Tartu_pedagoogiumi_aruanded, lk 18
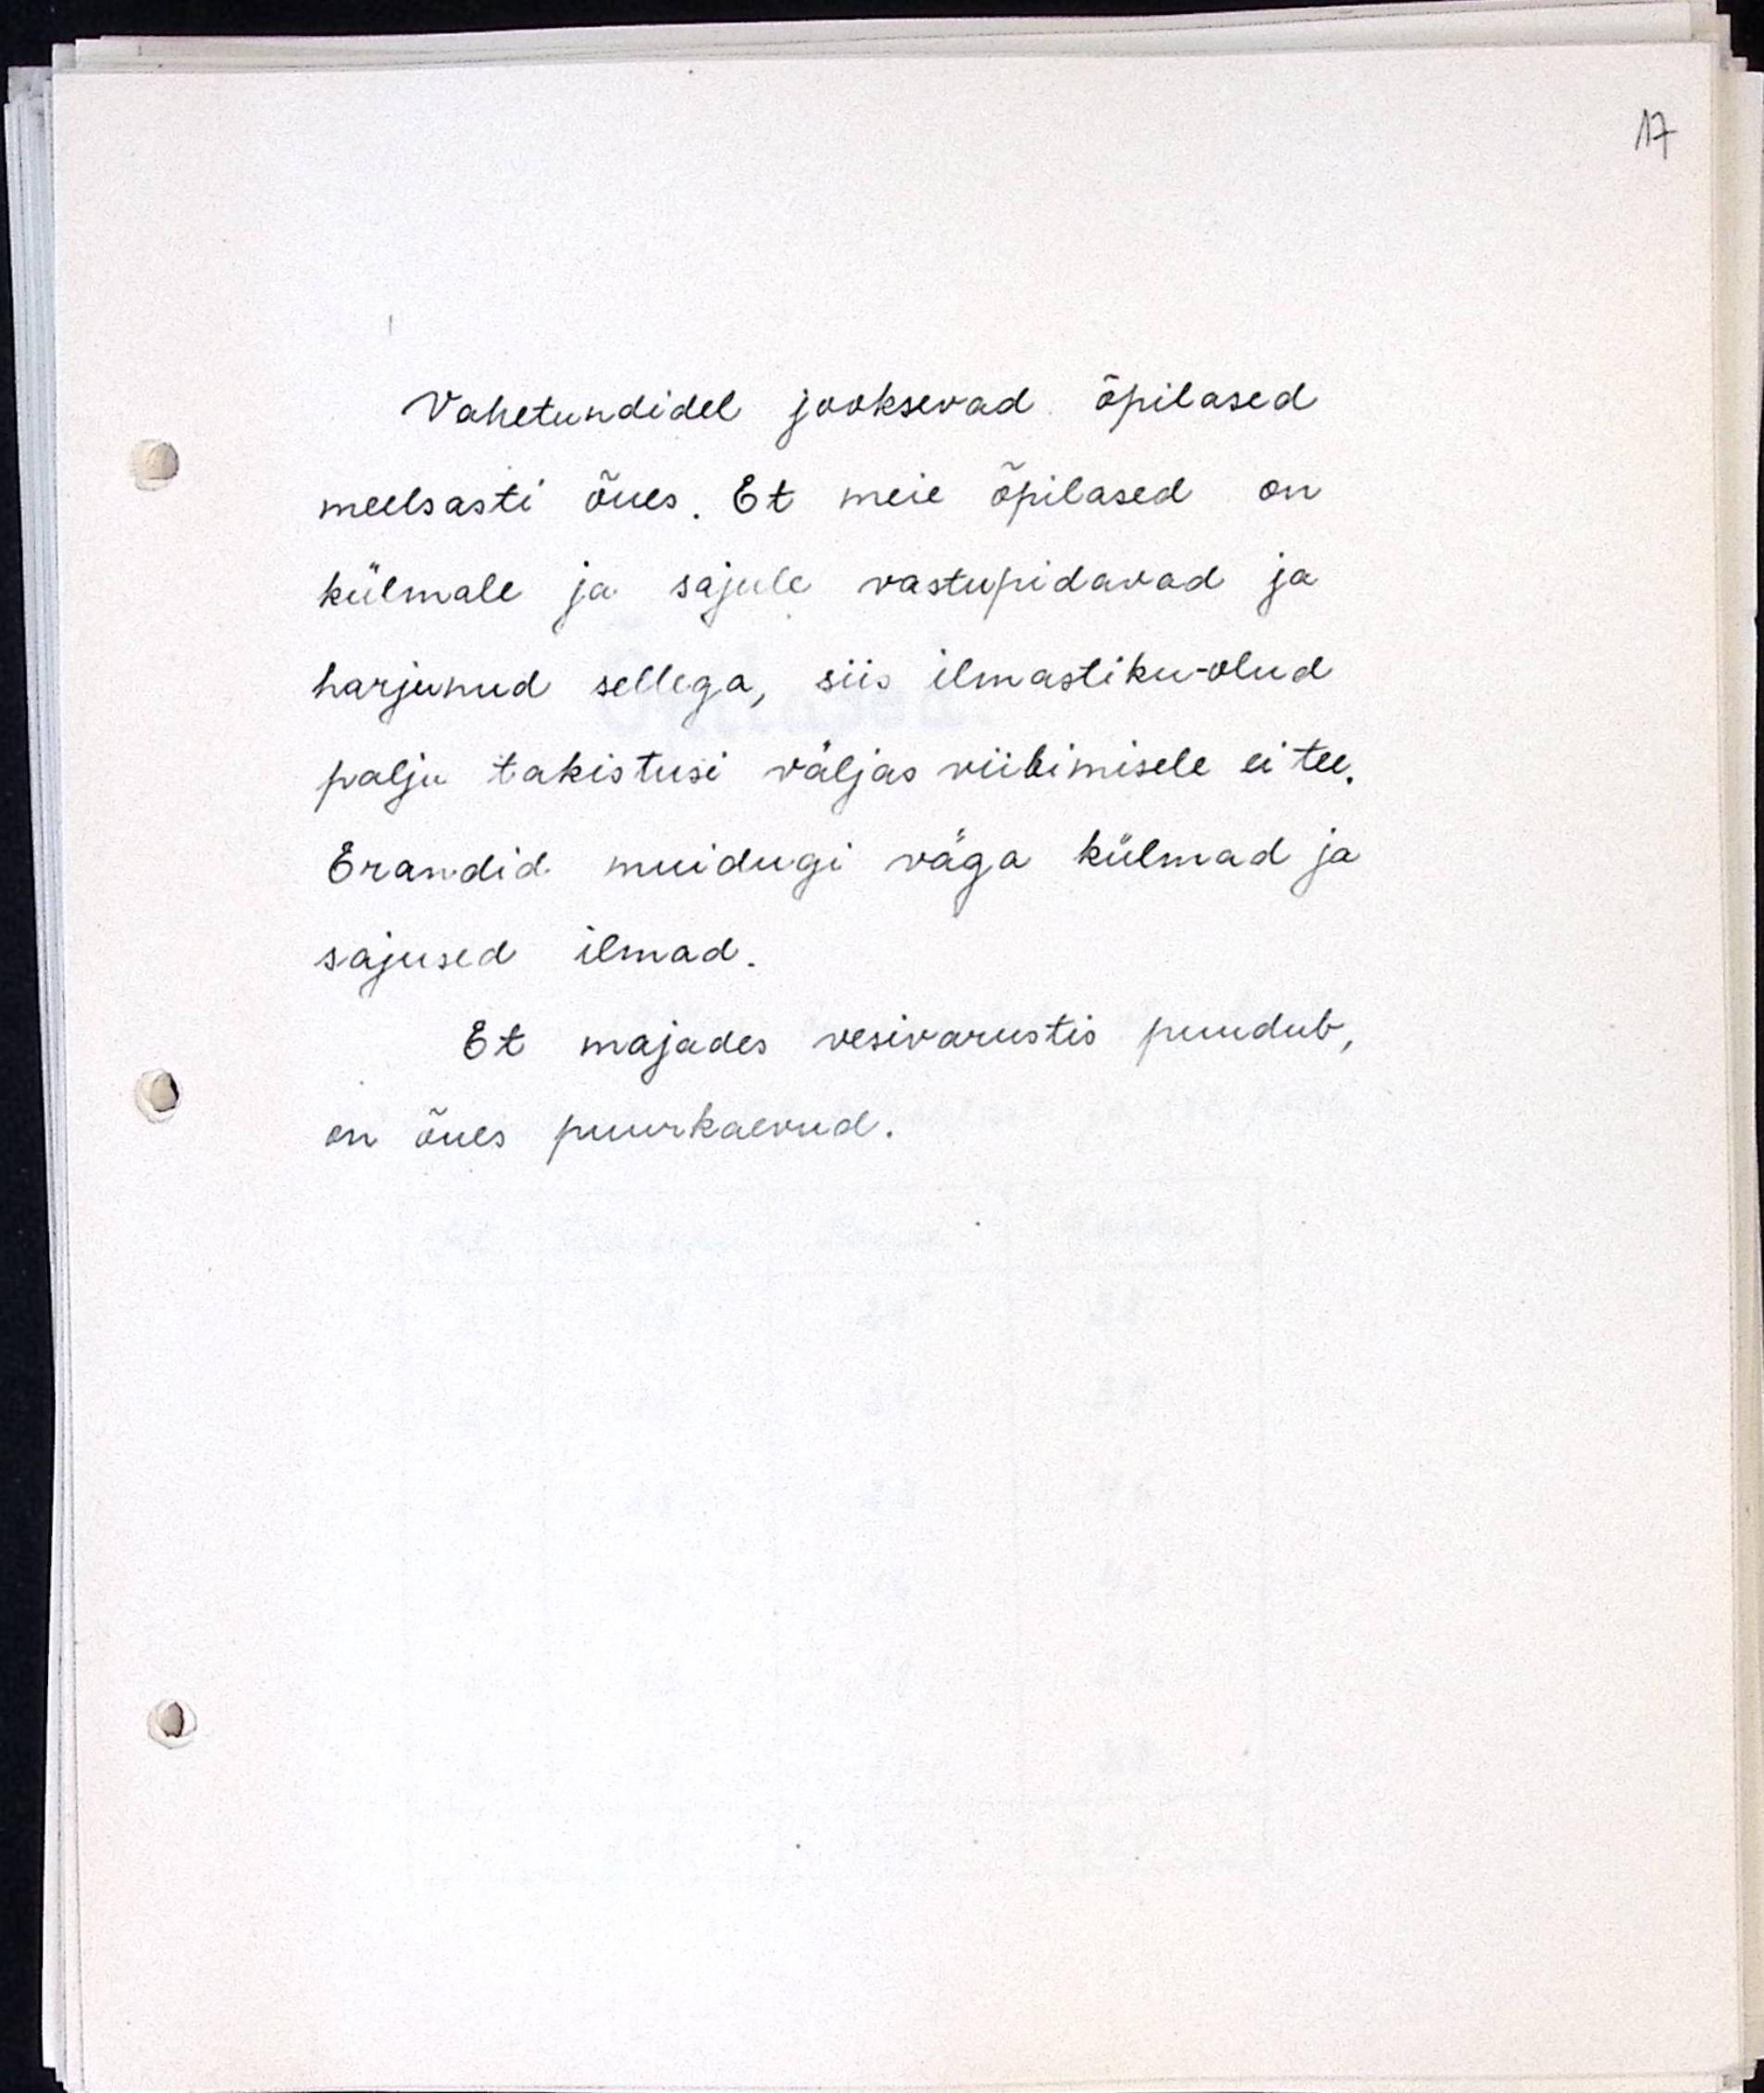
Vahetundidel jooksevad õpilased 
meelsasti õues. Et meie õpilased on 
külmale ja sajule vastupidavad ja
harjunud sellega, siis ilmastiku-olud
palju takistusi väljas viibimisele ei tee.
Erandid muidugi väga külmad ja 
sajused ilmad.
Et majades vesivarustis puudub,
on õues puurkaevud.